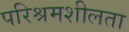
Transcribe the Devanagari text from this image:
परिश्रमशीलता